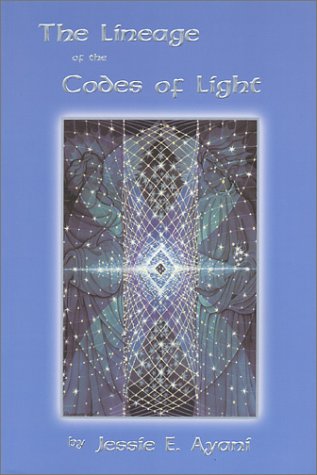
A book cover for The Lineage of the Codes of Light; Jessie E. Ayani; Religion & Spirituality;